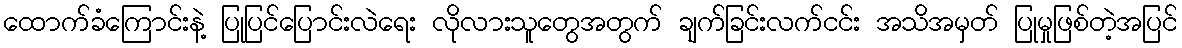
ထောက်ခံကြောင်းနဲ့ ပြုပြင်ပြောင်းလဲရေး လိုလားသူတွေအတွက် ချက်ခြင်းလက်ငင်း အသိအမှတ် ပြုမှုဖြစ်တဲ့အပြင်